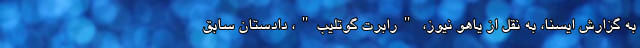
به گزارش ایسنا، به نقل از یاهو نیوز، "رابرت گوتلیب"، دادستان سابق